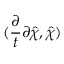
( \frac { \partial } { t } { \partial \hat { \chi } } , \hat { \chi } )